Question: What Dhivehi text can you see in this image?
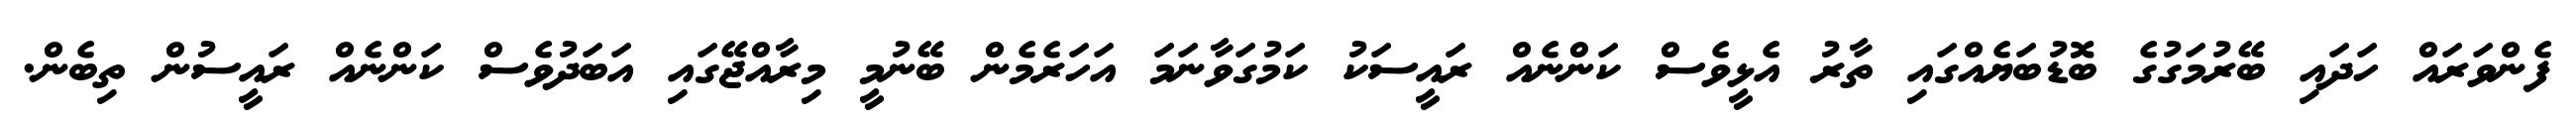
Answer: ފެންވަރައް ހަދައި ބޭރުމަގުގެ ބޮޑުބަޔެއްގައި ތާރު އެޅީވެސް ކަންނެއް ރައީސަކު ކަމުގަވާނަމަ އަހަރެމެން ބޭނުމީ މިރާއްޖޭގައި އަބަދުވެސް ކަންނެއް ރައީސުން ތިބެން.